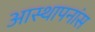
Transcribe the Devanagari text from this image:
आस्थापनांस